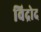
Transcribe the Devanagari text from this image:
विद्रोद